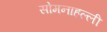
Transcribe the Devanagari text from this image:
सोमनाहल्ली